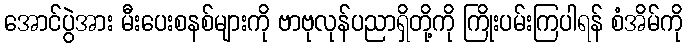
အောင်ပွဲအား မီးပေးစနစ်များကို ဗာဗုလုန်ပညာရှိတို့ကို ကြိုးပမ်းကြပါရန် စံအိမ်ကို